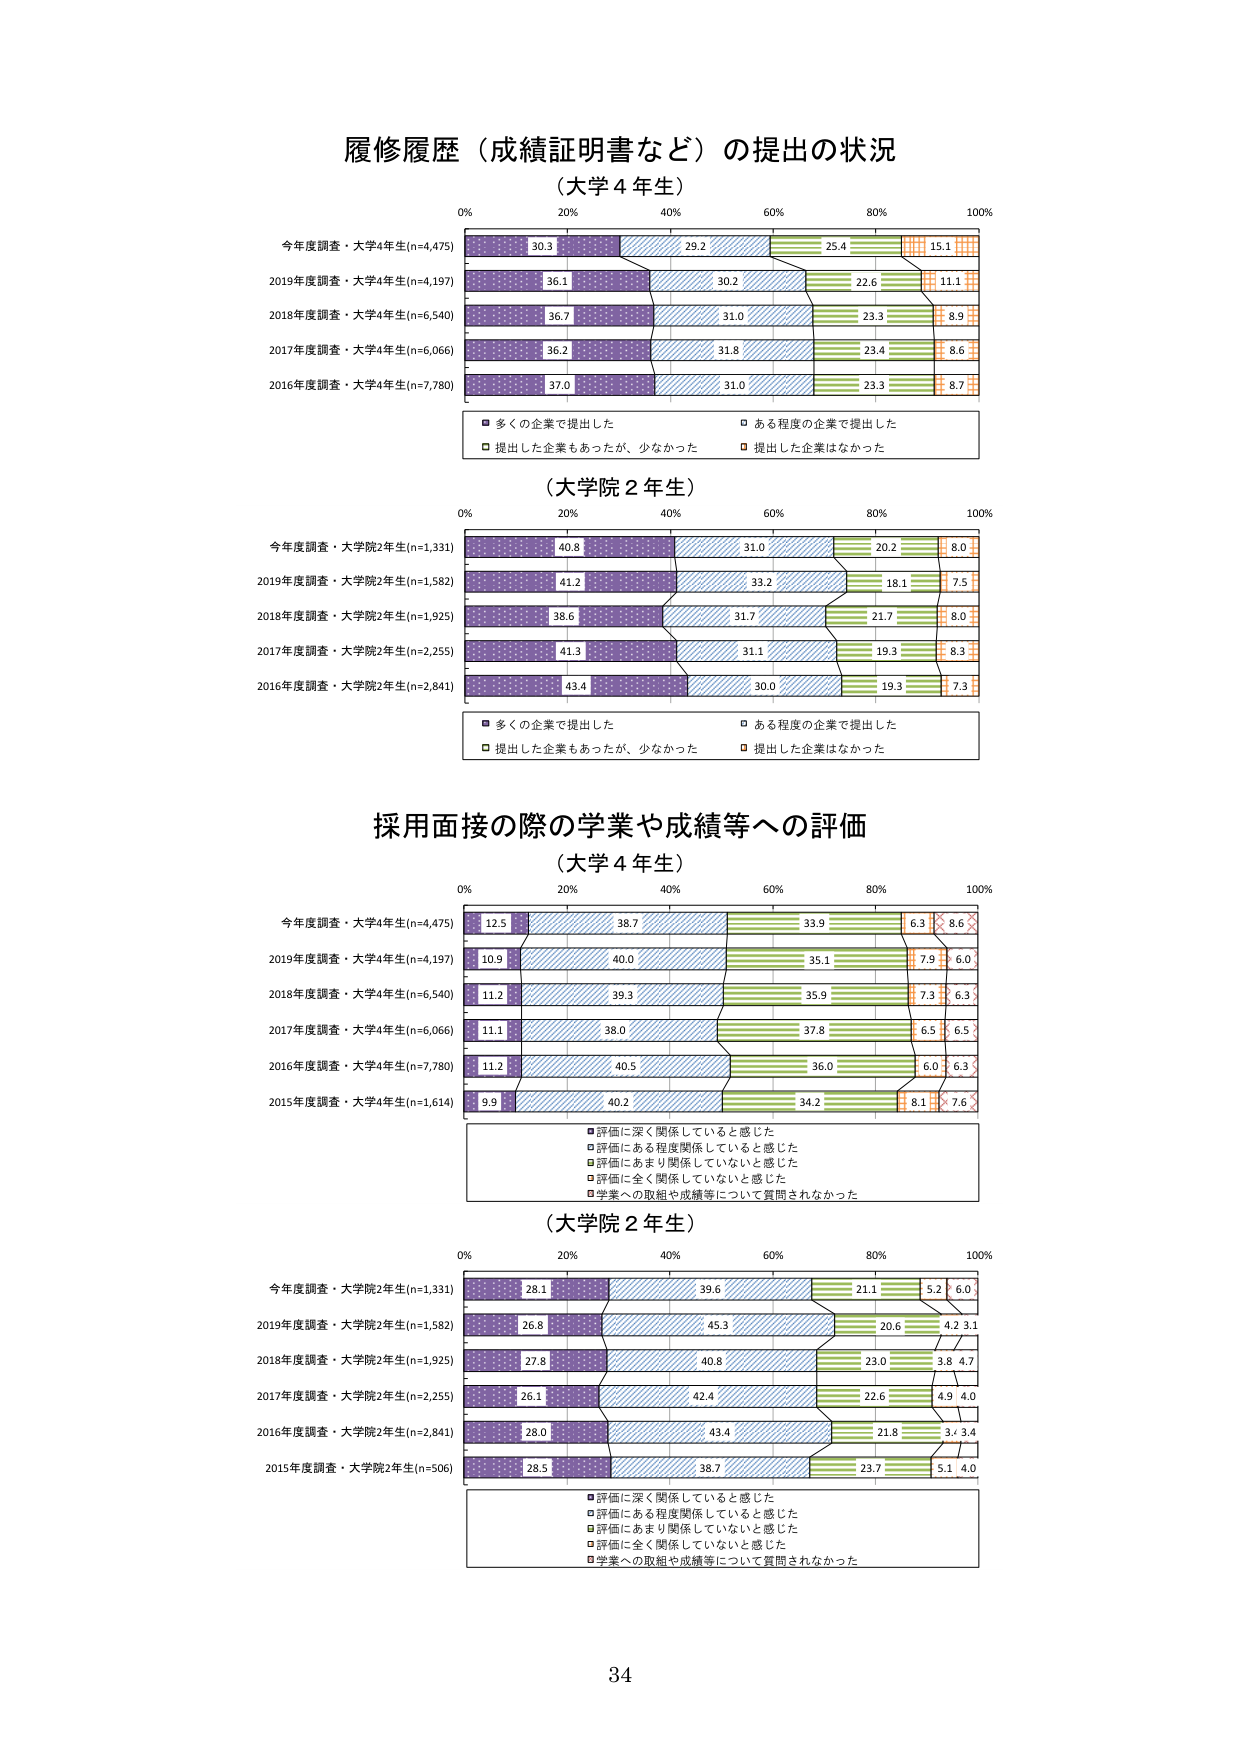
履修履歴（成績証明書など）の提出の状況
（大学４年生）
0% 20% 40% 60% 80% 100%
今年度調査・大学4年生(n=4,475) 30.3 29.2 25.4 15.1
2019年度調査・大学4年生(n=4,197) 36.1 30.2 22.6 11.1
2018年度調査・大学4年生(n=6,540) 36.7 31.0 23.3 8.9
2017年度調査・大学4年生(n=6,066) 36.2 31.8 23.4 8.6
2016年度調査・大学4年生(n=7,780) 37.0 31.0 23.3 8.7
■多くの企業で提出した □ある程度の企業で提出した
□提出した企業もあったが、少なかった □提出した企業はなかった

（大学院２年生）
0% 20% 40% 60% 80% 100%
今年度調査・大学院2年生(n=1,331) 40.8 31.0 20.2 8.0
2019年度調査・大学院2年生(n=1,582) 41.2 33.2 18.1 7.5
2018年度調査・大学院2年生(n=1,925) 38.6 31.7 21.7 8.0
2017年度調査・大学院2年生(n=2,255) 41.3 31.1 19.3 8.3
2016年度調査・大学院2年生(n=2,841) 43.4 30.0 19.3 7.3
■多くの企業で提出した □ある程度の企業で提出した
□提出した企業もあったが、少なかった □提出した企業はなかった

採用面接の際の学業や成績等への評価
（大学４年生）
0% 20% 40% 60% 80% 100%
今年度調査・大学4年生(n=4,475) 12.5 38.7 33.9 6.3 8.6
2019年度調査・大学4年生(n=4,197) 10.9 40.0 35.1 7.9 6.0
2018年度調査・大学4年生(n=6,540) 11.2 39.3 35.9 7.3 6.3
2017年度調査・大学4年生(n=6,066) 11.1 38.0 37.8 6.5 6.5
2016年度調査・大学4年生(n=7,780) 11.2 40.5 36.0 6.0 6.3
2015年度調査・大学4年生(n=1,614) 9.9 40.2 34.2 8.1 7.6
■評価に深く関係していると感じた
□評価にある程度関係していると感じた
□評価にあまり関係していないと感じた
□評価に全く関係していないと感じた
□学業への取組や成績等について質問されなかった

（大学院２年生）
0% 20% 40% 60% 80% 100%
今年度調査・大学院2年生(n=1,331) 28.1 39.6 21.1 5.2 6.0
2019年度調査・大学院2年生(n=1,582) 26.8 45.3 20.6 4.2 3.1
2018年度調査・大学院2年生(n=1,925) 27.8 40.8 23.0 3.8 4.7
2017年度調査・大学院2年生(n=2,255) 26.1 42.4 22.6 4.9 4.0
2016年度調査・大学院2年生(n=2,841) 28.0 43.4 21.8 3.7 3.4
2015年度調査・大学院2年生(n=506) 28.5 38.7 23.7 5.1 4.0
■評価に深く関係していると感じた
□評価にある程度関係していると感じた
□評価にあまり関係していないと感じた
□評価に全く関係していないと感じた
□学業への取組や成績等について質問されなかった

34